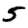
Digit: 5